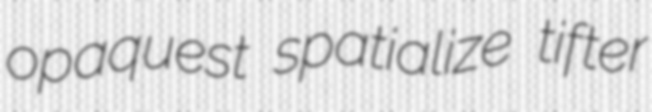
opaquest spatialize tifter